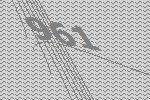
961